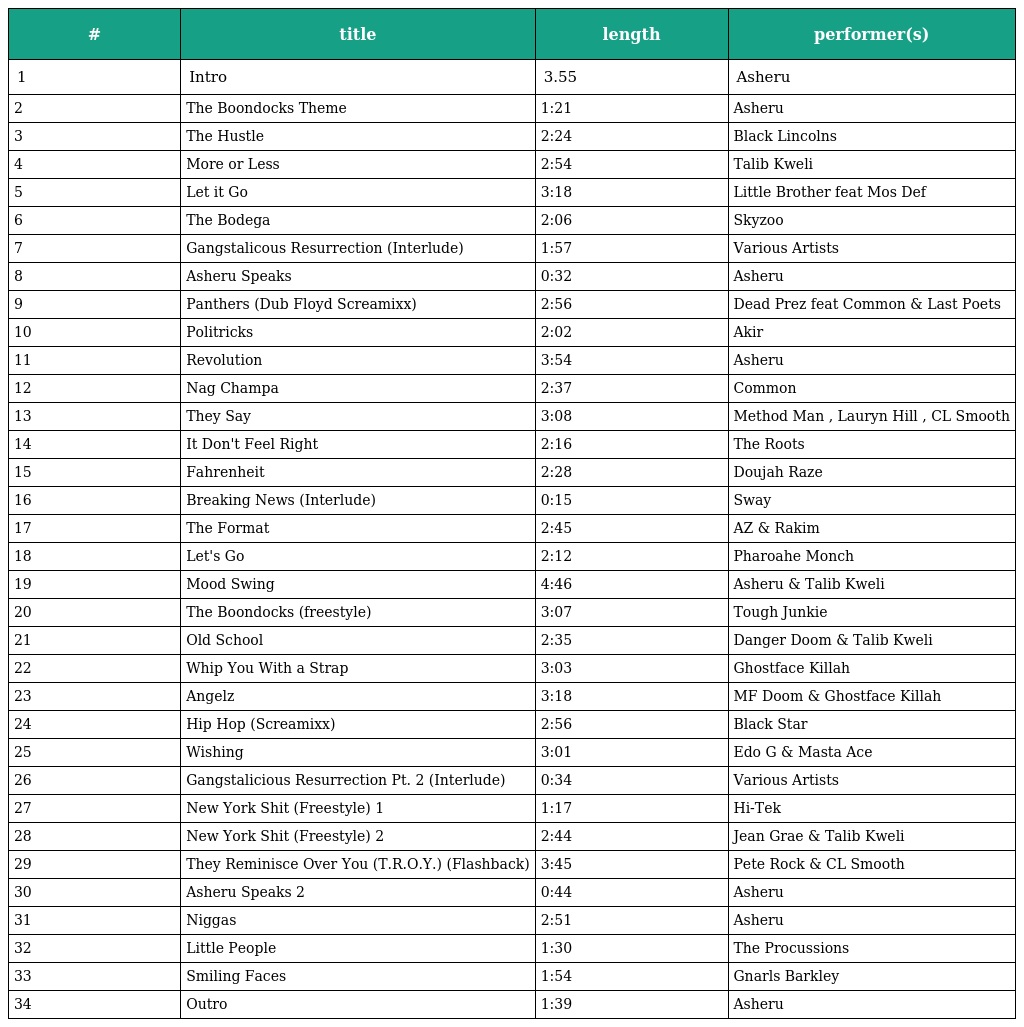
| # | title | length | performer(s) |
 | --- | --- | --- | --- |
 | 1 | Intro | 3.55 | Asheru |
 | 2 | The Boondocks Theme | 1:21 | Asheru |
 | 3 | The Hustle | 2:24 | Black Lincolns |
 | 4 | More or Less | 2:54 | Talib Kweli |
 | 5 | Let it Go | 3:18 | Little Brother feat Mos Def |
 | 6 | The Bodega | 2:06 | Skyzoo |
 | 7 | Gangstalicous Resurrection (Interlude) | 1:57 | Various Artists |
 | 8 | Asheru Speaks | 0:32 | Asheru |
 | 9 | Panthers (Dub Floyd Screamixx) | 2:56 | Dead Prez feat Common & Last Poets |
 | 10 | Politricks | 2:02 | Akir |
 | 11 | Revolution | 3:54 | Asheru |
 | 12 | Nag Champa | 2:37 | Common |
 | 13 | They Say | 3:08 | Method Man , Lauryn Hill , CL Smooth |
 | 14 | It Don't Feel Right | 2:16 | The Roots |
 | 15 | Fahrenheit | 2:28 | Doujah Raze |
 | 16 | Breaking News (Interlude) | 0:15 | Sway |
 | 17 | The Format | 2:45 | AZ & Rakim |
 | 18 | Let's Go | 2:12 | Pharoahe Monch |
 | 19 | Mood Swing | 4:46 | Asheru & Talib Kweli |
 | 20 | The Boondocks (freestyle) | 3:07 | Tough Junkie |
 | 21 | Old School | 2:35 | Danger Doom & Talib Kweli |
 | 22 | Whip You With a Strap | 3:03 | Ghostface Killah |
 | 23 | Angelz | 3:18 | MF Doom & Ghostface Killah |
 | 24 | Hip Hop (Screamixx) | 2:56 | Black Star |
 | 25 | Wishing | 3:01 | Edo G & Masta Ace |
 | 26 | Gangstalicious Resurrection Pt. 2 (Interlude) | 0:34 | Various Artists |
 | 27 | New York Shit (Freestyle) 1 | 1:17 | Hi-Tek |
 | 28 | New York Shit (Freestyle) 2 | 2:44 | Jean Grae & Talib Kweli |
 | 29 | They Reminisce Over You (T.R.O.Y.) (Flashback) | 3:45 | Pete Rock & CL Smooth |
 | 30 | Asheru Speaks 2 | 0:44 | Asheru |
 | 31 | Niggas | 2:51 | Asheru |
 | 32 | Little People | 1:30 | The Procussions |
 | 33 | Smiling Faces | 1:54 | Gnarls Barkley |
 | 34 | Outro | 1:39 | Asheru |